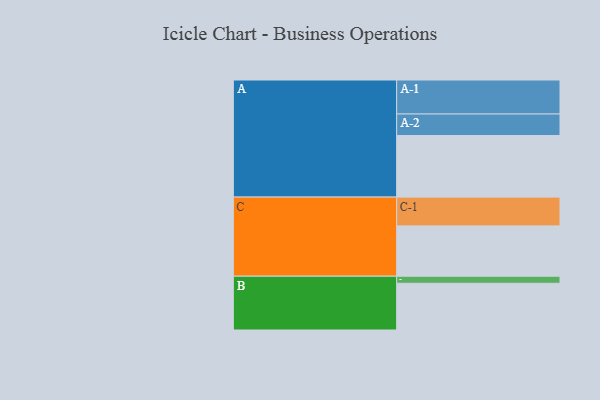
{"axis": {"x": "Segment", "y": "Value"}, "legend": ["", "A", "B", "C"], "data": [{"x": "A", "y": 460, "type": ""}, {"x": "B", "y": 349, "type": ""}, {"x": "C", "y": 376, "type": ""}, {"x": "A-1", "y": 254, "type": "A"}, {"x": "A-2", "y": 161, "type": "A"}, {"x": "B-1", "y": 53, "type": "B"}, {"x": "C-1", "y": 215, "type": "C"}]}